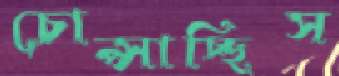
চোপ্‌সাচ্ছিস